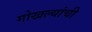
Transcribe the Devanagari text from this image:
गोखल्यांची